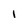
Character: 1